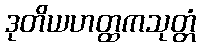
ဒုတိယဟတ္ထကသုတ္တံ